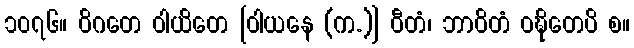
၁၀၇၆။ ဝိဂတေ ဝါယိတေ [ဝါယနေ (က.)] ဝီတံ၊ ဘာဝိတံ ဝဍ္ဎိတေပိ စ။